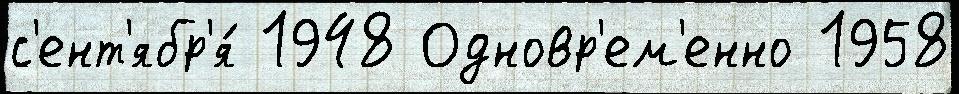
с'ент'ябр'я́ 1948 Одновр'ем'енно 1958